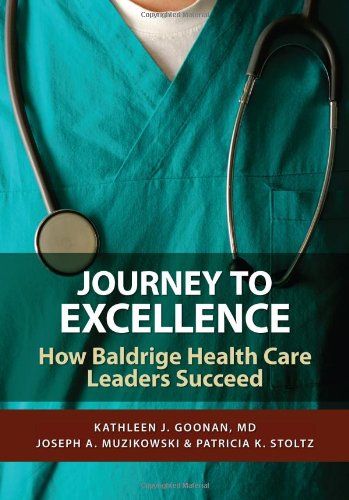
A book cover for Journey to Excellence: How Baldrige Health Care Leaders Succeed; Kathleen J. Goonan; Business & Money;